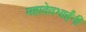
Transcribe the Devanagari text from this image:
महादेवभाईंनी